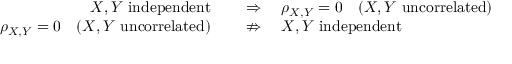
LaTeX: \begin{array} { r l } { X , Y { \mathrm { ~ i n d e p e n d e n t } } \quad } & { { } \Rightarrow \quad \rho _ { X , Y } = 0 \quad ( X , Y { \mathrm { ~ u n c o r r e l a t e d } } ) } \\ { \rho _ { X , Y } = 0 \quad ( X , Y { \mathrm { ~ u n c o r r e l a t e d } } ) \quad } & { { } \nRightarrow \quad X , Y { \mathrm { ~ i n d e p e n d e n t } } } \end{array}